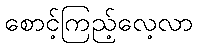
စောင့်ကြည့်လေ့လာ